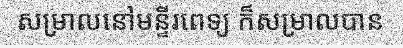
សម្រាលនៅមន្ទីរពេទ្យ ក៏សម្រាលបាន